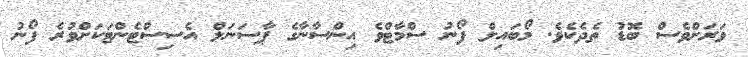
ވަރަށްވެސް ބޮޑު ތެދެކެވެ. މޯބައިލް ފޯނު ސްމާޓްވެ އިންސާނާގެ ޕާސަނަލް އެސިސްޓެންޓަކަށްވުރެ ފޯނު